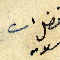
فضل الله سلامه